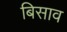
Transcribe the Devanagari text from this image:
बिसाव